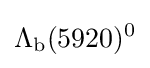
\Lambda _{\rm {b}}(5920)^{0}